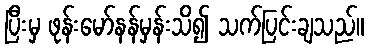
ပြီးမှ ဖုန်းမော်နန်မှန်းသိ၍ သက်ပြင်းချသည်။